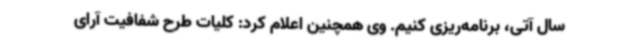
سال آتی، برنامه‌ریزی کنیم. وی همچنین اعلام کرد: کلیات طرح شفافیت آرای